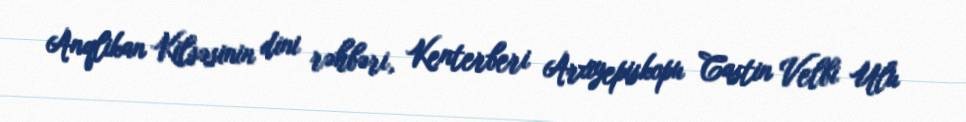
Anqlikan Kilsəsinin dini rəhbəri, Kenterberi Arxiyepiskopu Castin Velbi Ulu